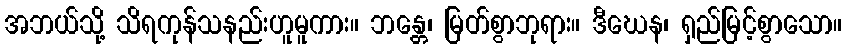
အဘယ်သို့ သိရကုန်သနည်းဟူမူကား။ ဘန္တေ၊ မြတ်စွာဘုရား။ ဒီဃေန၊ ရှည်မြင့်စွာသော။